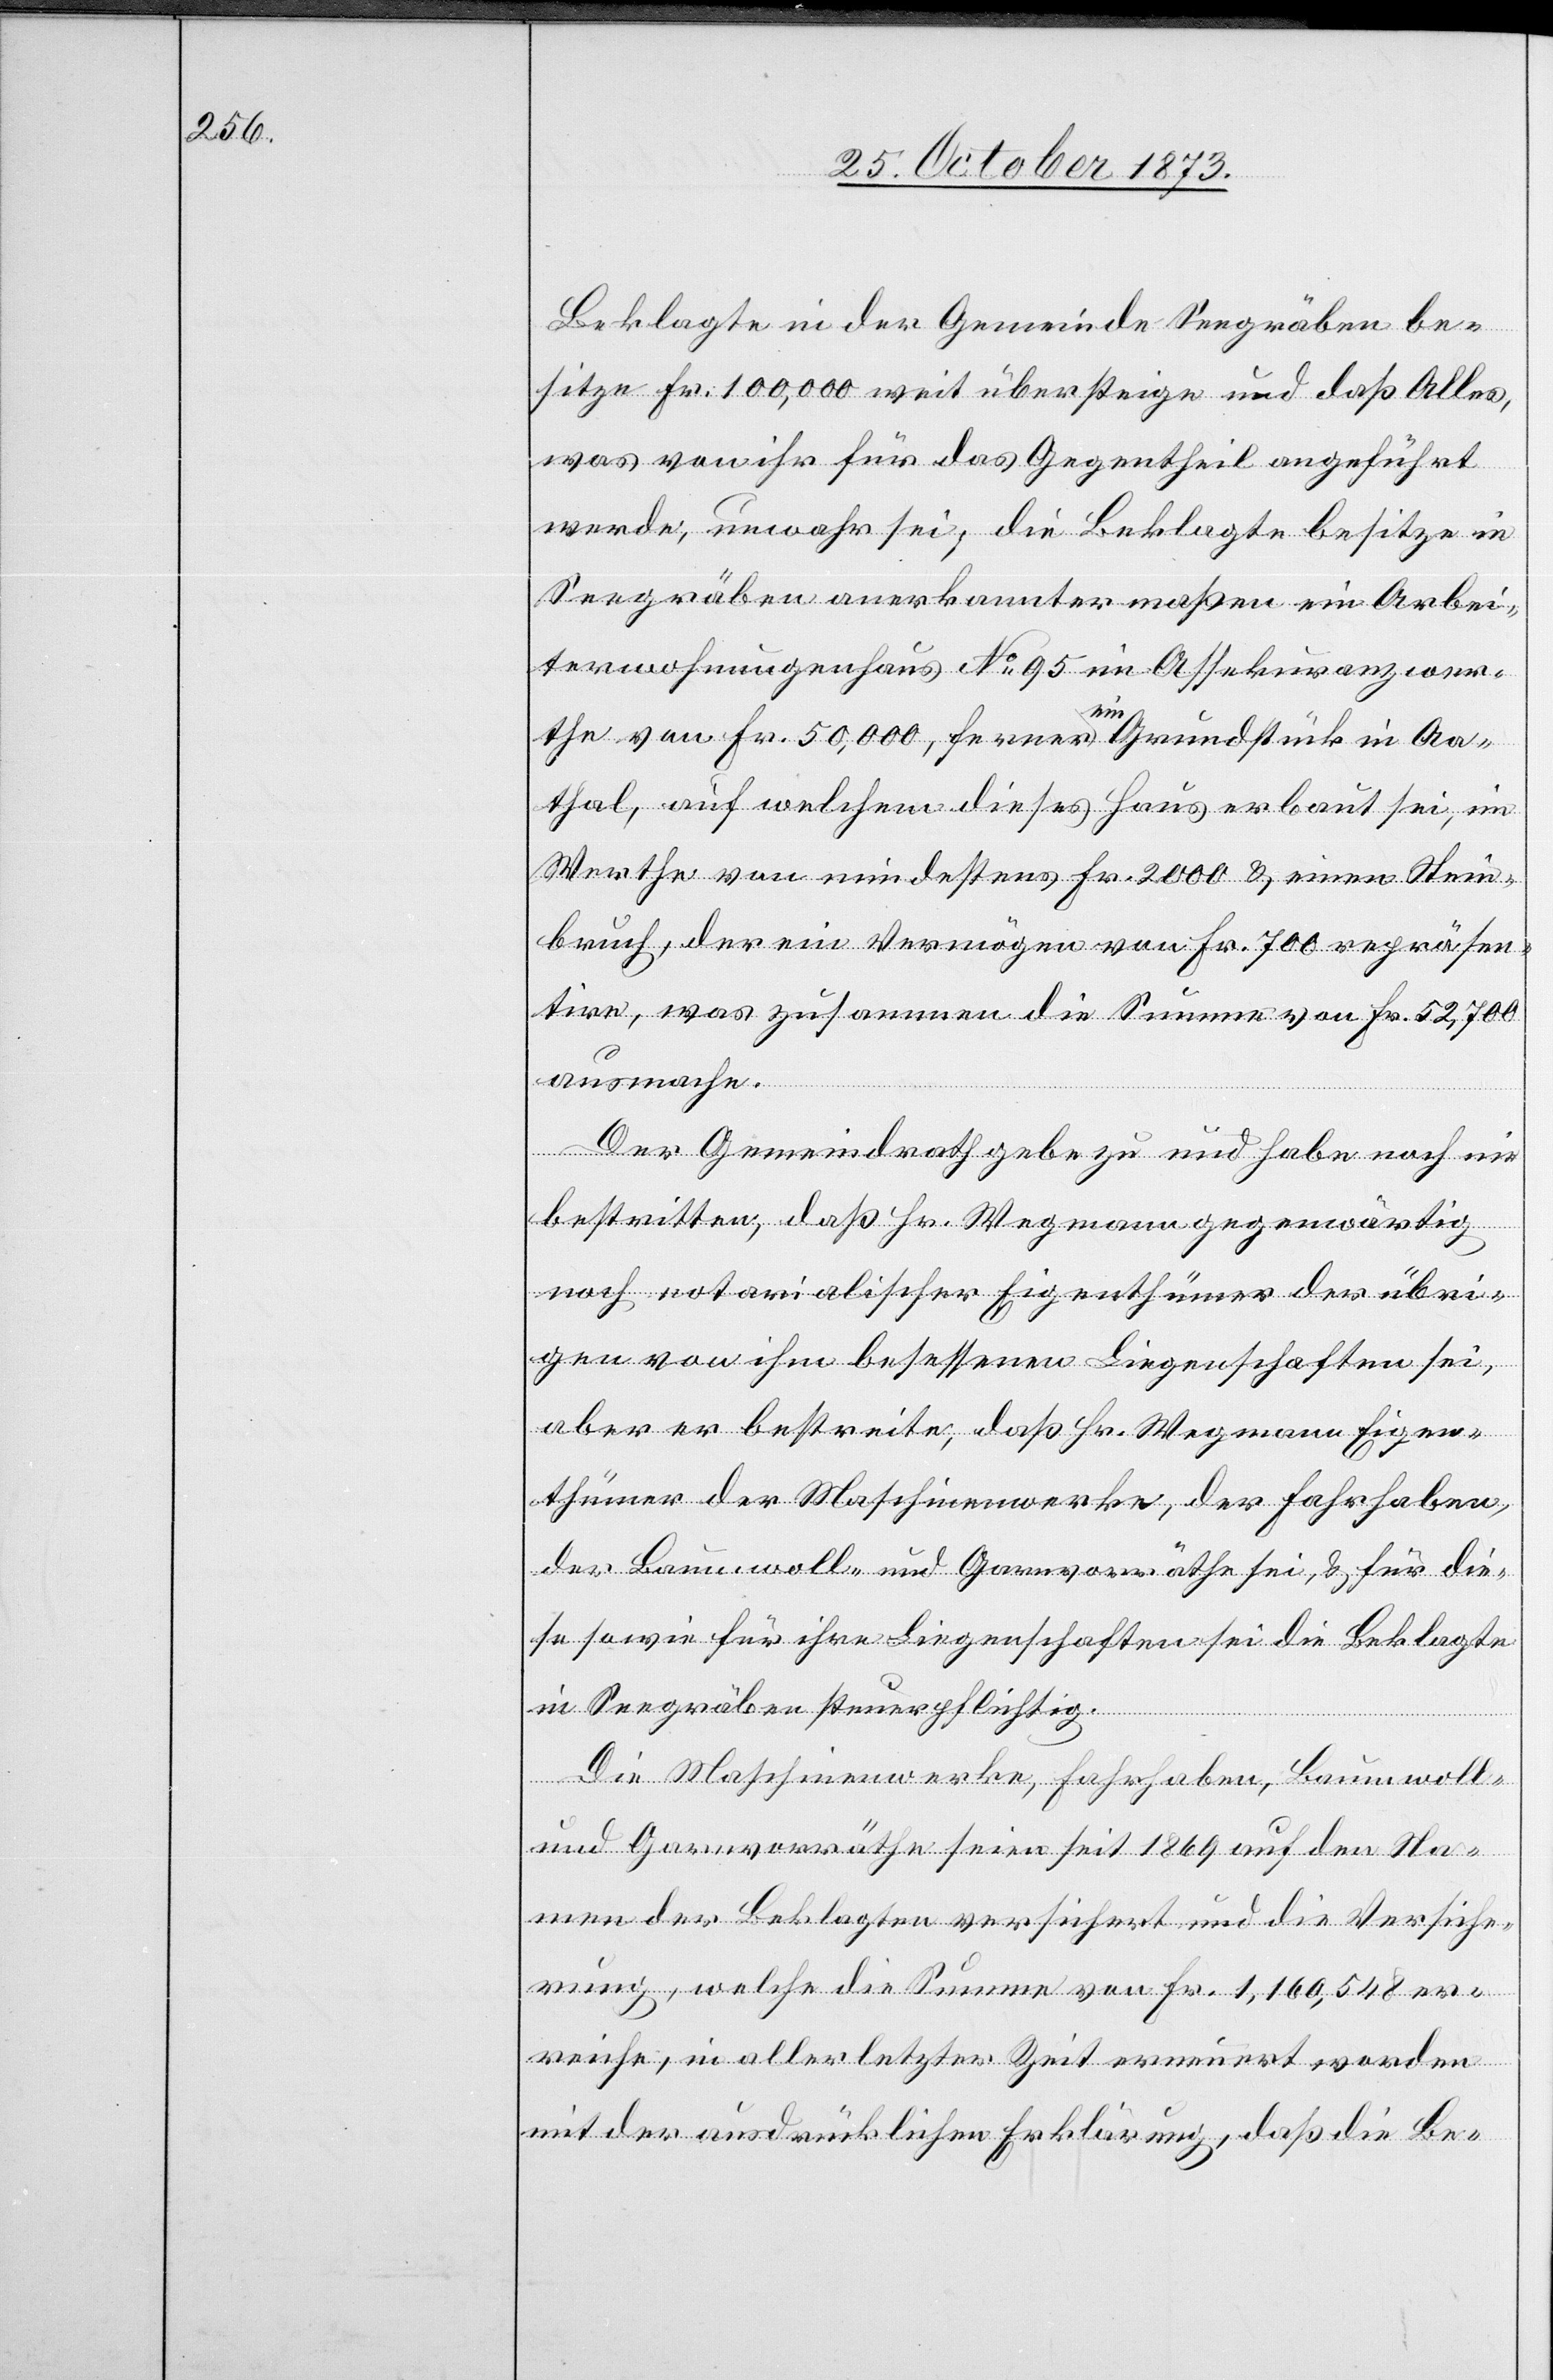
Beklagte in der Gemeinde Seegräben be¬
sitze Fr. 100,000 weit übersteige und daß Alles,
was von ihr für das Gegentheil angeführt
werde, unwahr sei; die Beklagte besitze in
Seegräben anerkanntermaßen ein Arbei¬
terwohnungenhaus No 95 im Assekuranzwer¬
the von Fr. 50,000, ferner ein Grundstück in Aa¬
thal, auf welchem dieses Haus erbaut sei, im
Werthe von mindestens Fr. 2 000 & einen Stein¬
bruch, der ein Vermögen von Fr. 700 repräsen¬
tire, was zusammen die Summe von Fr. 52,700
ausmache.
Der Gemeindrath gebe zu und habe noch nie
bestritten, daß Hr. Wegmann gegenwärtig
noch notarialischer Eigenthümer der übri¬
gen von ihm besessenen Liegenschaften sei,
aber er bestreite, daß Hr. Wegmann Eigen¬
thümer der Maschinenwerke, der Fahrhaben,
der Baumwoll- und Garnvorräthe sei, & für die¬
se sowie für ihre Liegenschaften sei die Beklagte
in Seegräben steuerpflichtig.
Die Maschinenwerke, Fahrhaben, Baumwoll-
und Garnvorräthe seien seit 1869 auf den Na¬
men der Beklagten versichert und die Versiche¬
rung, welche die Summe von Fr. 1,160,548 er¬
reiche, in allerletzter Zeit erneuert worden
mit der ausdrücklichen Erklärung, daß die Be-